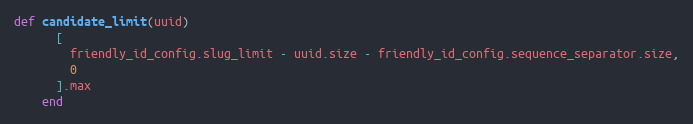
Language: Ruby
def candidate_limit(uuid)
      [
        friendly_id_config.slug_limit - uuid.size - friendly_id_config.sequence_separator.size,
        0
      ].max
    end